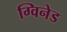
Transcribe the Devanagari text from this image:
ग्विनेड